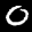
Label: 0